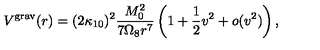
V ^ { \mathrm { g r a v } } ( r ) = ( 2 \kappa _ { 1 0 } ) ^ { 2 } { \frac { M _ { 0 } ^ { 2 } } { 7 \Omega _ { 8 } r ^ { 7 } } } \left( 1 + \frac { 1 } { 2 } v ^ { 2 } + o ( v ^ { 2 } ) \right) ,